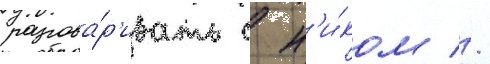
разгова́р'ивать с н'и́ком //